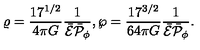
\varrho = { \frac { 1 7 ^ { 1 / 2 } } { 4 \pi G } } { \frac { 1 } { \bar { \cal E } \bar { \cal P } _ { \phi } } } , \wp = { \frac { 1 7 ^ { 3 / 2 } } { 6 4 \pi G } } { \frac { 1 } { \bar { \cal E } \bar { \cal P } _ { \phi } } } .